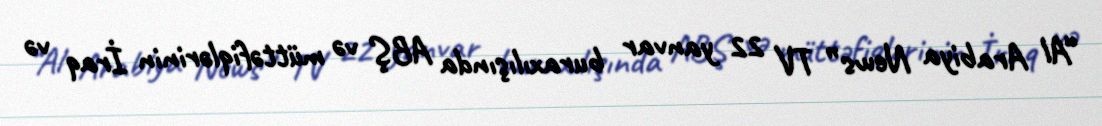
“Al Arabiya News” TV 22 yanvar buraxılışında ABŞ və müttəfiqlərinin İraq və